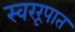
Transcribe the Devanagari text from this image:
स्वररूपात